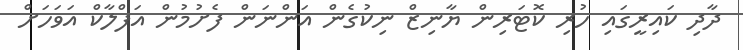
ދާދި ކައިރީގައި ހުރި ކޮޓަރިން ޔާނިޒް ނިކުގެން އަންނަން ފެށުމުން އަފްލާކް އަވަހަށް